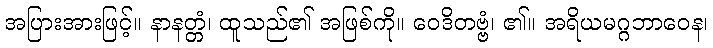
အပြားအားဖြင့်။ နာနတ္တံ၊ ထူသည်၏ အဖြစ်ကို။ ဝေဒိတဗ္ဗံ၊ ၏။ အရိယမဂ္ဂဘာဝေန၊